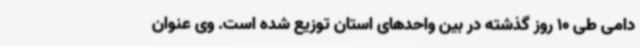
دامی طی 10 روز گذشته در بین واحدهای استان توزیع شده است. وی عنوان